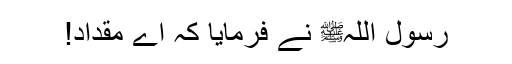
رسول اللہﷺ نے فرمایا کہ اے مقداد!